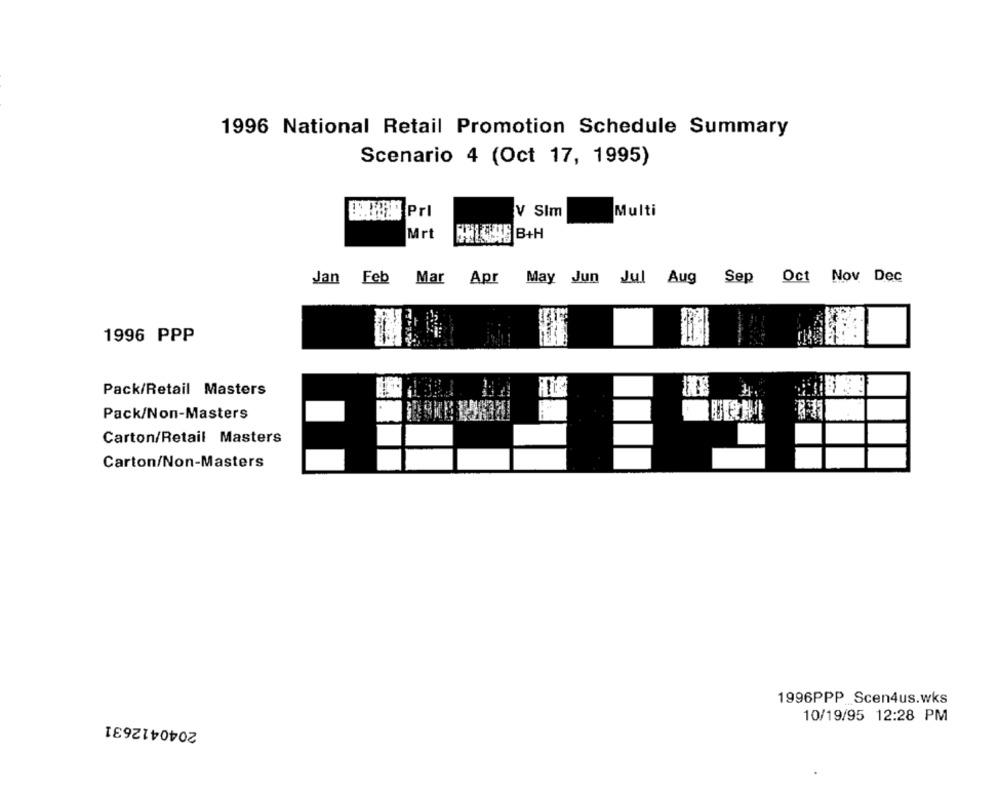
1996 National Retail Promotion Schedule Summary
Scenario 4 (Oct 17, 1995)
V Sim
Multi
Mrt
#1445 B+H
Jan Feb Mar
Apr May Jun Jul Aug Sep Oct Nov Dec
1996 PPP
Pack/Retail Masters
Pack/Non-Masters
Carton/Retail Masters
Carton/Non-Masters
1996PPP_ _ Scen4us.wks
2040412631
10/19/95 12:28 PM